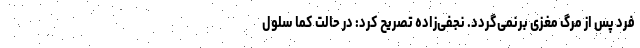
فرد پس از مرگ مغزی برنمی‌گردد. نجفی‌زاده تصریح کرد: در حالت کما سلول